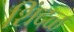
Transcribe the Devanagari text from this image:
शिंदळ